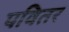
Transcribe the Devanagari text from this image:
पवितर